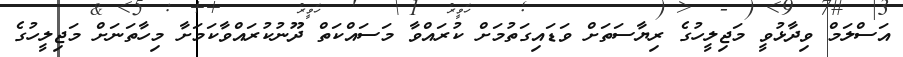
އަސްލަމް ވިދާޅުވީ މަޖިލީހުގެ ރިޔާސަތަށް ވަޑައިގަތުމަށް ކުރައްވާ މަސައްކަތް ދޫނުކުރައްވާކަމަށާ މިހާތަނަށް މަޖިލީހުގެ